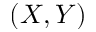
( X , Y )